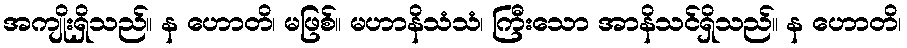
အကျိုးရှိသည်။ န ဟောတိ၊ မဖြစ်။ မဟာနိသံသံ၊ ကြီးသော အာနိသင်ရှိသည်။ န ဟောတိ၊